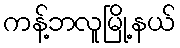
ကန့်ဘလူမြို့နယ်